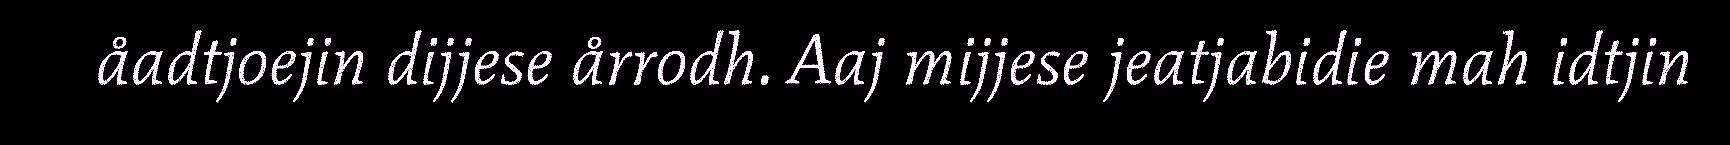
åadtjoejin dijjese årrodh. Aaj mijjese jeatjabidie mah idtjin